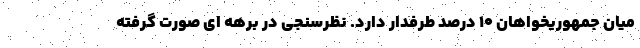
میان جمهوریخواهان ۱۰ درصد طرفدار دارد. نظرسنجی در برهه ای صورت گرفته